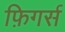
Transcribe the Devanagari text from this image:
फ़िगर्स